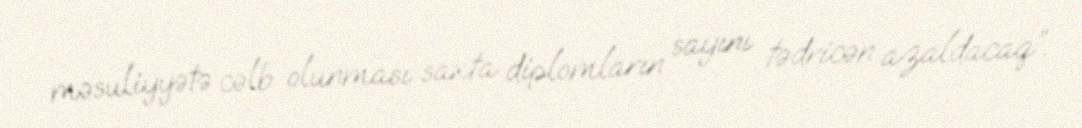
məsuliyyətə cəlb olunması saxta diplomların sayını tədricən azaldacaq”.